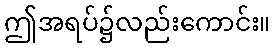
ဤအရပ်၌လည်းကောင်း။